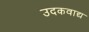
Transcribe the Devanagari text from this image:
उदकवाद्य